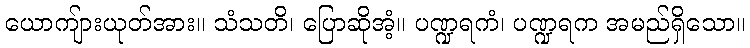
ယောကျ်ားယုတ်အား။ သံသတိ၊ ပြောဆိုအံ့။ ပဏ္ဍရကံ၊ ပဏ္ဍရက အမည်ရှိသော။